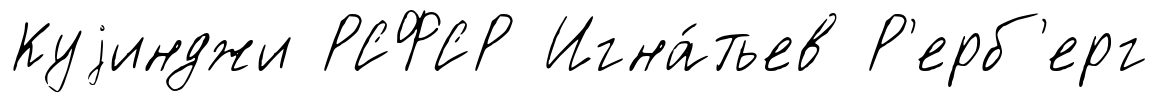
Куjинджи РСФСР Игна́тьев Р'ерб'ерг